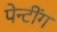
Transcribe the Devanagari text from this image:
पेन्टींग